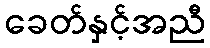
ခေတ်နှင့်အညီ